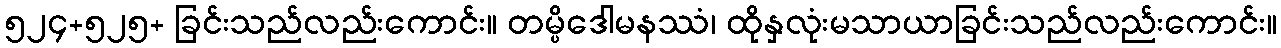
၅၂၄+၅၂၅+ ခြင်းသည်လည်းကောင်း။ တမ္ပိဒေါမနဿံ၊ ထိုနှလုံးမသာယာခြင်းသည်လည်းကောင်း။